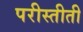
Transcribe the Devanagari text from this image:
परीस्तीती